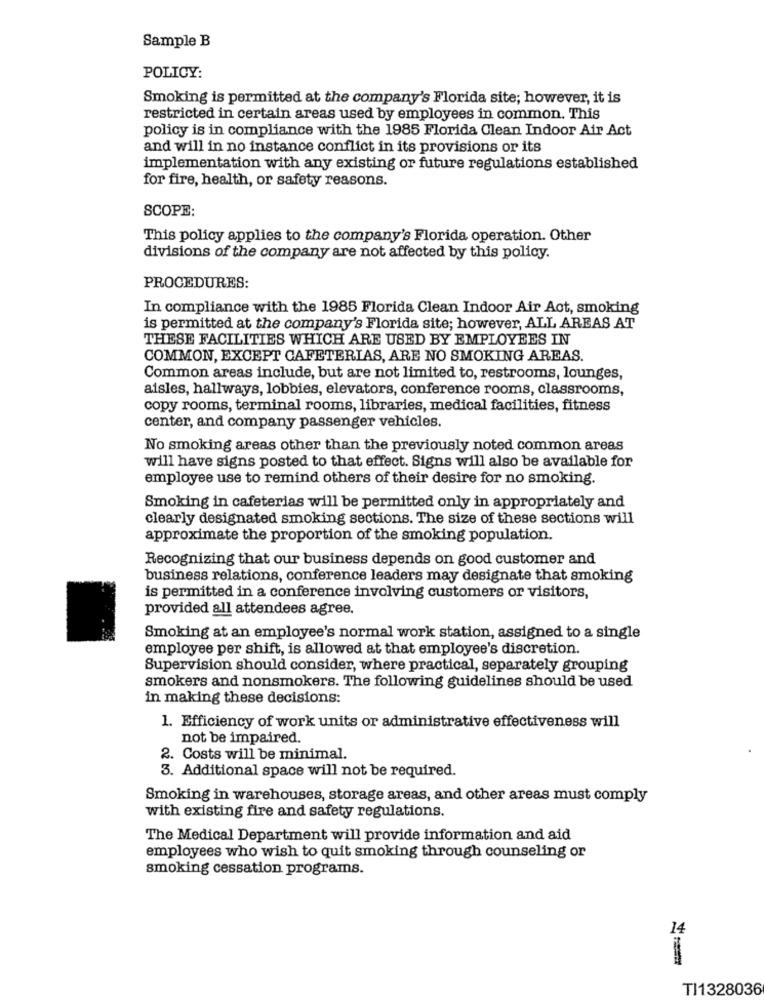
Sample B
POLICY:
Smoking is permitted at the company's Florida site; however, it is
restricted in certain areas used by employees in common. This
policy is in compliance with the 1985 Florida Clean Indoor Air Act
and will in no instance conflict in its provisions or its
implementation with any existing or future regulations established
for fire, health, or safety reasons.
SCOPE:
This policy applies to the company's Florida operation. Other
divisions of the company are not affected by this policy.
PROCEDURES:
In compliance with the 1985 Florida Clean Indoor Air Act, smoking
is permitted at the company's Florida site; however, ALL AREAS AT
THESE FACILITIES WHICH ARE USED BY EMPLOYEES IN
COMMON, EXCEPT CAFETERIAS, ARE NO SMOKING AREAS.
Common areas include, but are not limited to, restrooms, lounges,
aisles, hallways, lobbies, elevators, conference rooms, classrooms,
copy rooms, terminal rooms, libraries, medical facilities, fitness
center, and company passenger vehicles.
No smoking areas other than the previously noted common areas
will have signs posted to that effect. Signs will also be available for
employee use to remind others of their desire for no smoking.
Smoking in cafeterias will be permitted only in appropriately and
clearly designated smoking sections. The size of these sections will
approximate the proportion of the smoking population.
Recognizing that our business depends on good customer and
business relations, conference leaders may designate that smoking
is permitted in a conference involving customers or visitors,
provided all attendees agree.
Smoking at an employee's normal work station, assigned to a single
employee per shift, is allowed at that employee's discretion.
Supervision should consider, where practical, separately grouping
smokers and nonsmokers. The following guidelines should be used
in making these decisions:
1. Efficiency of work units or administrative effectiveness will
not be impaired.
2. Costs will be minimal.
3. Additional space will not be required.
Smoking in warehouses, storage areas, and other areas must comply
with existing fire and safety regulations.
The Medical Department will provide information and aid
employees who wish to quit smoking through counseling or
smoking cessation programs.
14
TI1328036